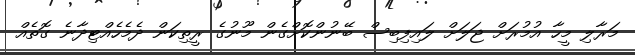
މަރާލި މީހާ އުމުރަށް ޖަލަށް ލައިފިބިސް ބޭނުންކޮށްގެން މޫނުގެ ރީތިކަން ދެމެހެއްޓިދާނެ ގޮތެއް